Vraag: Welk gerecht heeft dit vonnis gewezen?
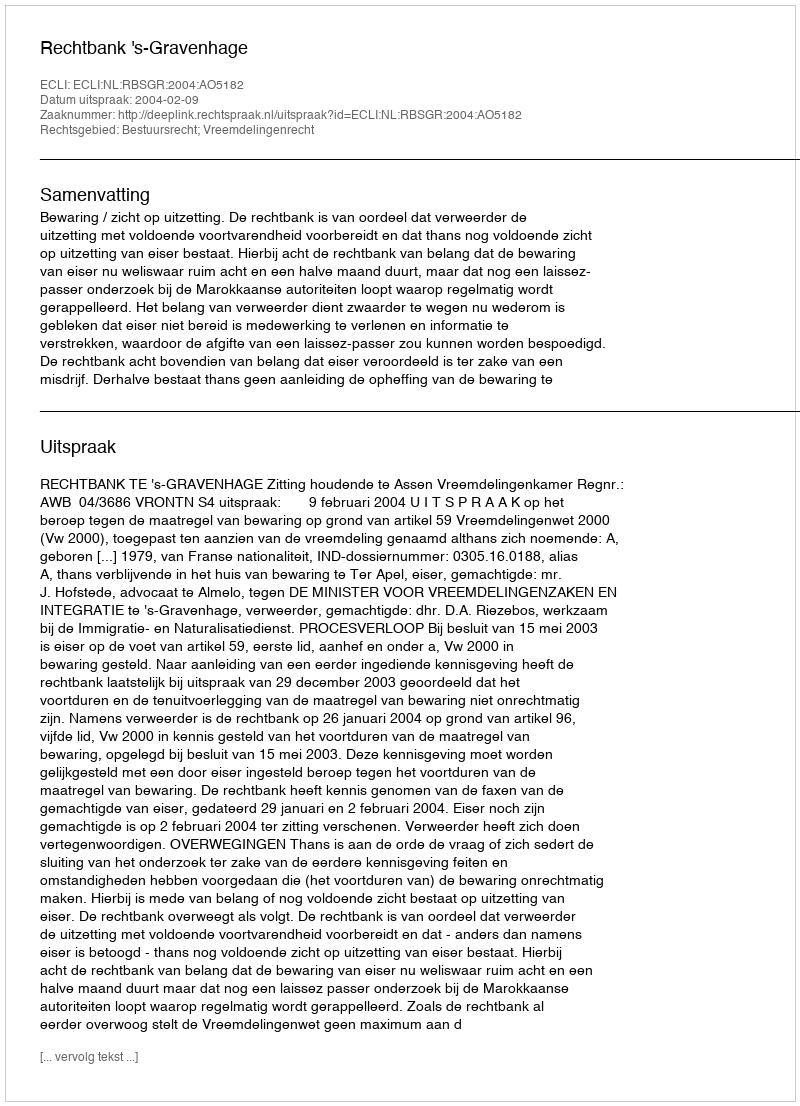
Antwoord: Rechtbank 's-Gravenhage